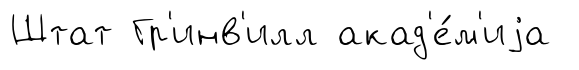
Штат Гр'инв'илл акад'е́м'иjа